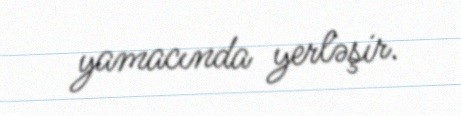
yamacında yerləşir.